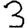
Digit: 3